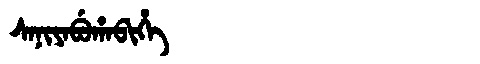
Manchu: ᠰᠠᠨᡳᠶᠠᠪᡠᡥᠠᠪᡳᡥᡝ
Romanization: SANIYABUHABIHE